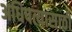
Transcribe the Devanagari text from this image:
अधिपत्यासाठी